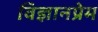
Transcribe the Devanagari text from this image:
विज्ञानप्रेम